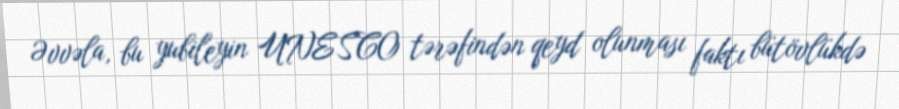
Əvvəla, bu yubileyin UNESCO tərəfindən qeyd olunması faktı bütövlükdə